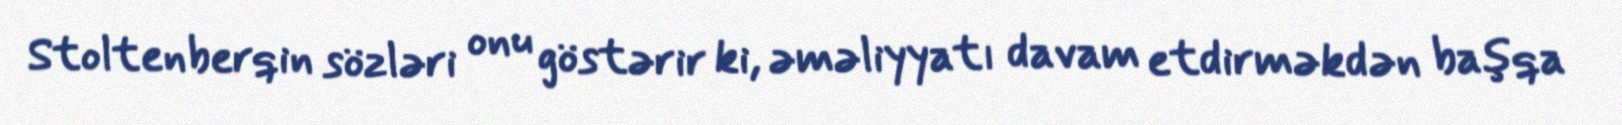
Stoltenberqin sözləri onu göstərir ki, əməliyyatı davam etdirməkdən başqa